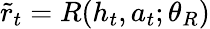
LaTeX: \tilde{r}_{t}=R(h_{t},a_{t};\theta_{R})